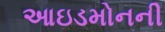
આઇડમોનની